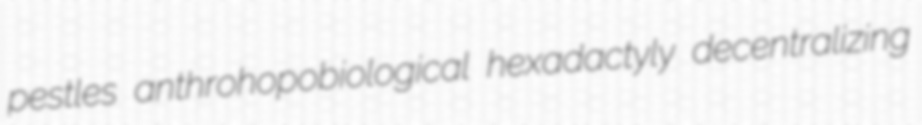
pestles anthrohopobiological hexadactyly decentralizing